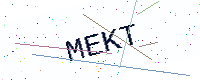
Text: MEKT